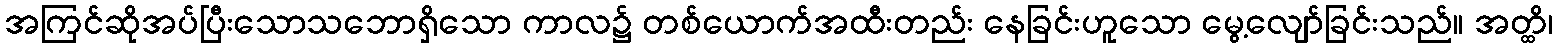
အကြင်ဆိုအပ်ပြီးသောသဘောရှိသော ကာလ၌ တစ်ယောက်အထီးတည်း နေခြင်းဟူသော မွေ့လျော်ခြင်းသည်။ အတ္ထိ၊